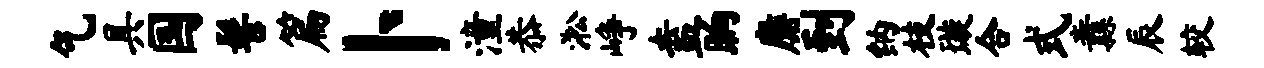
乞具国髻篇卜潼恭淞峥盍晌麝到纳枝璇合式纛辰较